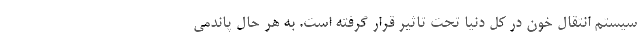
سیستم انتقال خون در کل دنیا تحت تاثیر قرار گرفته است. به هر حال پاندمی